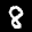
Label: 8